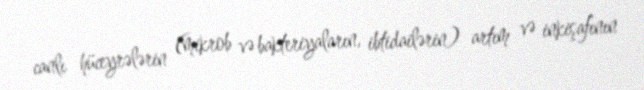
canlı hüceyrələrin (mikrob və bakteriyaların, ibtidailərin) artım və inkişafının